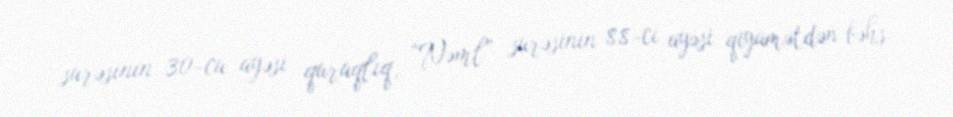
surəsinin 30-cu ayəsi quraqlıq, “Nəml” surəsinin 88-ci ayəsi qiyamətdən bəhs